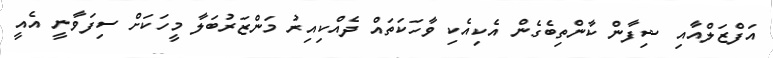
އަފްޒަލްއާއި ޝިފާން ކާންތިބެގެން އެކިއެކި ވާހަކަތައް ދެއްކިއިރު މަންޒަރުބަލާ މީހަކަށް ސިފަވާނީ އެއީ